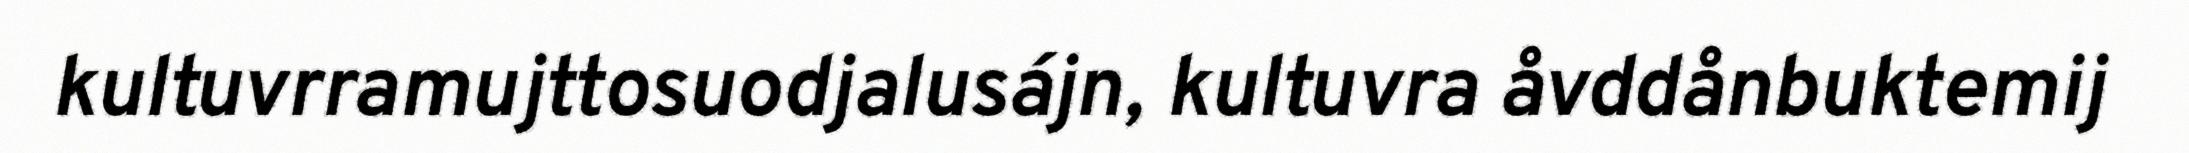
kultuvrramujttosuodjalusájn, kultuvra åvddånbuktemij